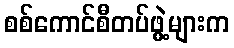
စစ်ကောင်စီတပ်ဖွဲ့များက